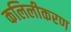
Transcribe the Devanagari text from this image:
कलिलीकरण